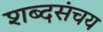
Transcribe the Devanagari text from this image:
शब्दसंचय